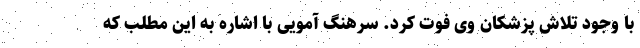
با وجود تلاش پزشکان وی فوت کرد. سرهنگ آمویی با اشاره به این مطلب که